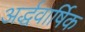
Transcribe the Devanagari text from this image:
अर्द्धवार्षिक